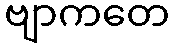
ဗျာကတေ